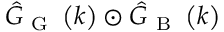
\hat { G } _ { \mathrm { ~ G ~ } } \left( k \right) \odot \hat { G } _ { \mathrm { ~ B ~ } } \left( k \right)